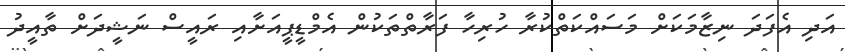
އަދި އެފަދަ ނިޒާމަކަށް މަސައްކަތްކުރާ ހުރިހާ ފަރާތްތަކުން އެމްޑީޕީއަށާއި ރައީސް ނަޝީދަށް ތާއީދު